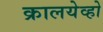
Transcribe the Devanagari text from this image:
क्रालयेव्हो